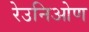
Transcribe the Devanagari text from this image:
रेउनिओण